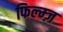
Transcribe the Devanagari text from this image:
फिल्म्ज़